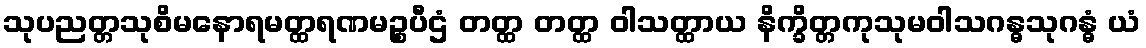
သုပညတ္တသုစိမနောရမတ္ထရဏမဉ္စပီဌံ တတ္ထ တတ္ထ ဝါသတ္ထာယ နိက္ခိတ္တကုသုမဝါသဂန္ဓသုဂန္ဓံ ယံ